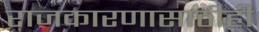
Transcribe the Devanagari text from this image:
राजकारणासाठीही